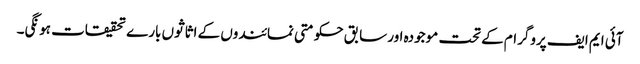
آئی ایم ایف پروگرام کے تحت موجودہ اور سابق حکومتی نمائندوں کے اثاثوں بارے تحقیقات ہونگی۔